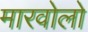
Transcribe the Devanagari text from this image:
मारवोलो